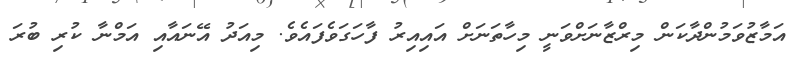
އަމާޒުވަމުންދާކަން މިރްޒާނަށްވަނީ މިހާތަނަށް އައިއިރު ފާހަގަވެފައެވެ. މިއަދު އޭނައާއި އަމްނާ ކުރި ބުރަ